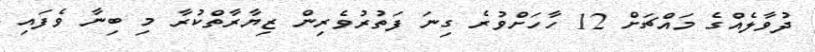
ދުވާލެއްގެ މައްޗަށް 12 ހާހަށްވުރެ ގިނަ ފަތުރުވެރިން ޒިޔާރާތްކުރާ މި ބިނާ ވެފައި